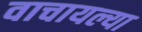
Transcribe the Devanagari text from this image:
वाचायल्या